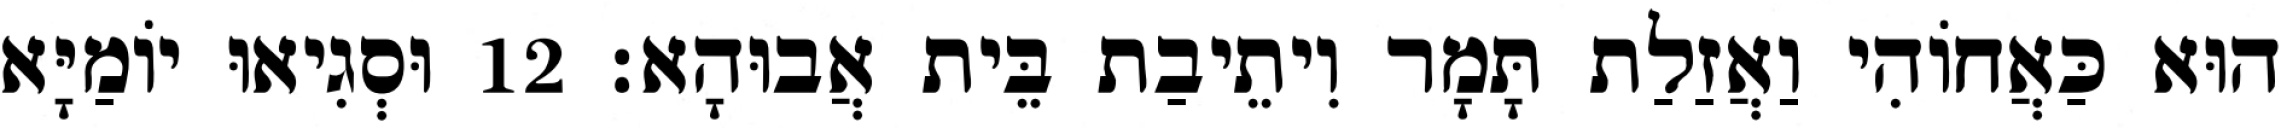
הוּא כַּאֲחוֹהִי וַאֲזַלַת תָּמָר וִיתֵיבַת בֵּית אֲבוּהָא׃ 12 וּסְגִיאוּ יוֹמַיָּא